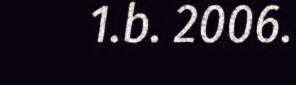
1.b. 2006.